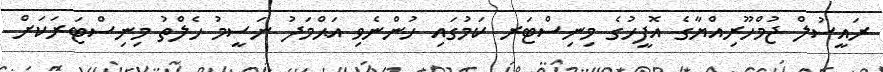
ރައީސުލް ޖުމްހޫރިއްޔާގެ އޮފީހުގެ މިނިސްޓަރ ކަމުގައި ހުންނެވި އަޙްމަދު ނަސީމު ހެލްތު މިނިސްޓަރަކަށް